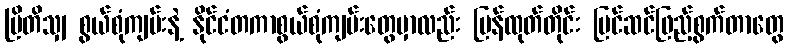
ဗြိတိသျှ စွယ်စုံကျမ်းနဲ့ နိုင်ငံတကာစွယ်စုံကျမ်းတွေမှာလည်း ပြန်ထုတ်တိုင်း ပြင်ဆင်ဖြည့်စွက်တာတွေ